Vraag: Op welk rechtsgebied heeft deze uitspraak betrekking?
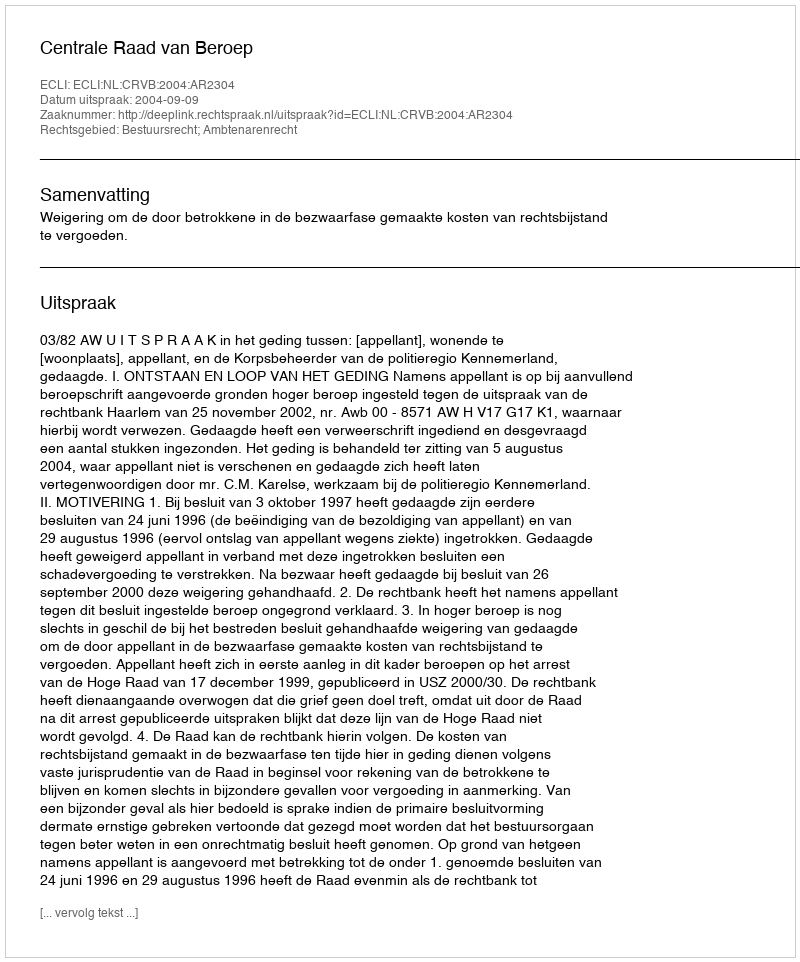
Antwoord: Bestuursrecht; Ambtenarenrecht